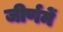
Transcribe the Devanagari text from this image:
जीर्णमें